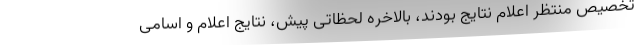
تخصیص منتظر اعلام نتایج بودند، بالاخره لحظاتی پیش، نتایج اعلام و اسامی